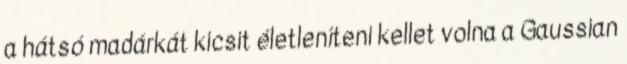
a hátsó madárkát kicsit életleníteni kellet volna a Gaussian